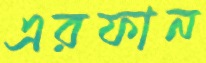
এরফান